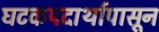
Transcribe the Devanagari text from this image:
घटकपदार्थापासून